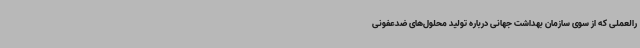
رالعملی که از سوی سازمان بهداشت جهانی درباره تولید محلول‌های ضدعفونی